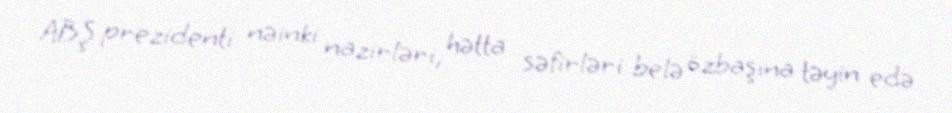
ABŞ prezidenti nəinki nazirləri, hətta səfirləri belə özbaşına təyin edə